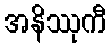
အနိဿုကီ